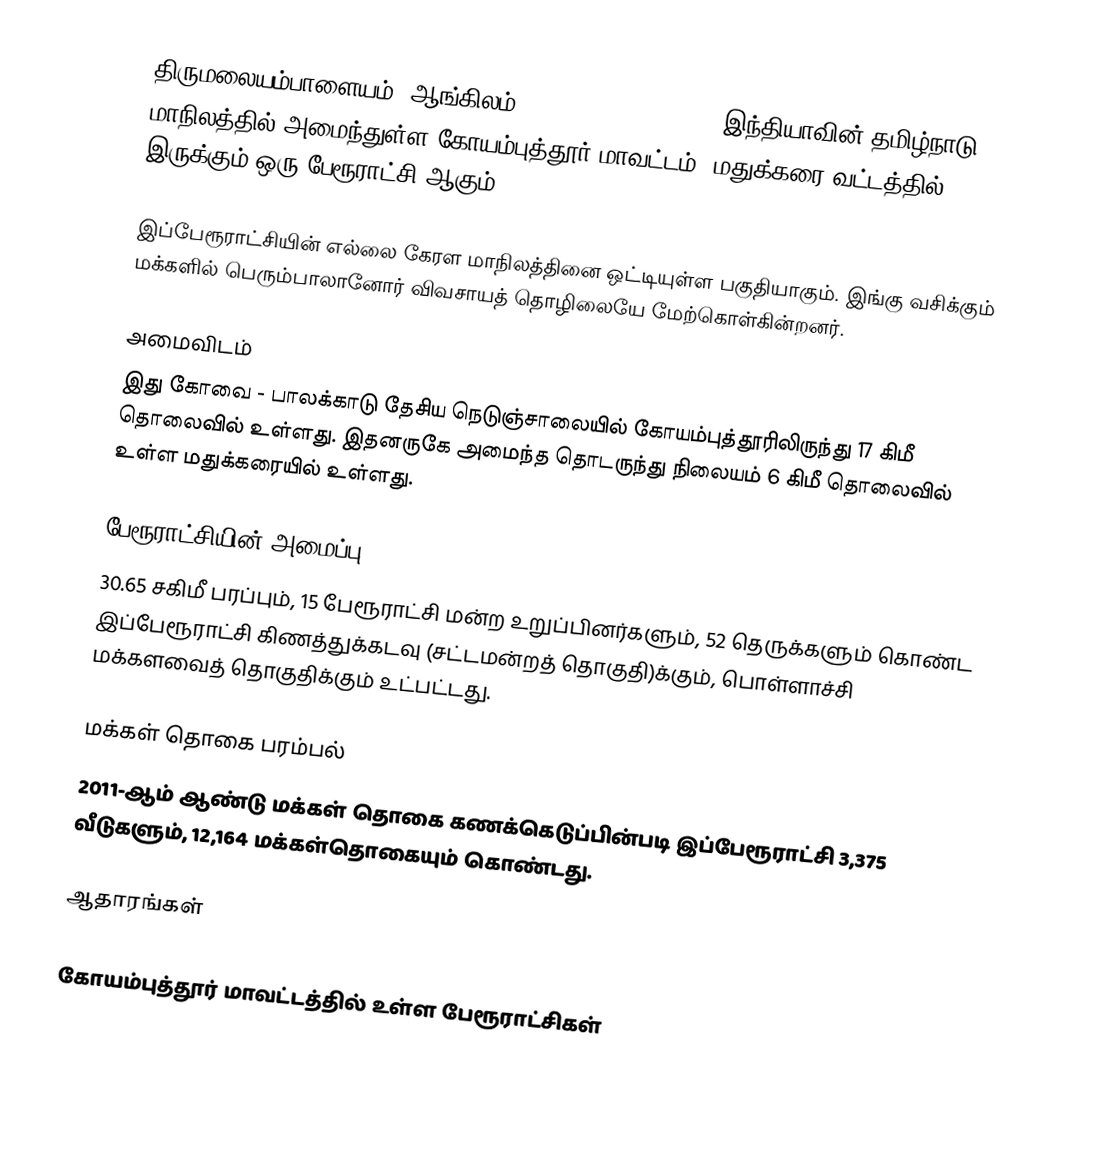
திருமலையம்பாளையம் (ஆங்கிலம்:Thirumalayampalayam), இந்தியாவின் தமிழ்நாடு மாநிலத்தில் அமைந்துள்ள கோயம்புத்தூர் மாவட்டம், மதுக்கரை வட்டத்தில் இருக்கும் ஒரு பேரூராட்சி ஆகும்.

இப்பேரூராட்சியின் எல்லை கேரள மாநிலத்தினை ஒட்டியுள்ள பகுதியாகும். இங்கு வசிக்கும் மக்களில் பெரும்பாலானோர் விவசாயத் தொழிலையே மேற்கொள்கின்றனர்.

அமைவிடம்
இது கோவை - பாலக்காடு தேசிய நெடுஞ்சாலையில் கோயம்புத்தூரிலிருந்து  17 கிமீ தொலைவில் உள்ளது. இதனருகே அமைந்த தொடருந்து நிலையம் 6 கிமீ தொலைவில் உள்ள மதுக்கரையில் உள்ளது.

பேரூராட்சியின் அமைப்பு
30.65 சகிமீ பரப்பும், 15 பேரூராட்சி மன்ற உறுப்பினர்களும், 52 தெருக்களும்  கொண்ட இப்பேரூராட்சி  கிணத்துக்கடவு   (சட்டமன்றத் தொகுதி)க்கும், பொள்ளாச்சி மக்களவைத் தொகுதிக்கும் உட்பட்டது.

மக்கள் தொகை பரம்பல்
2011-ஆம் ஆண்டு மக்கள் தொகை கணக்கெடுப்பின்படி  இப்பேரூராட்சி   3,375   வீடுகளும், 12,164 மக்கள்தொகையும் கொண்டது.

ஆதாரங்கள்

கோயம்புத்தூர் மாவட்டத்தில் உள்ள பேரூராட்சிகள்